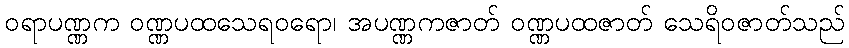
ဝရာပဏ္ဏက ဝဏ္ဏပထသေရဝရော၊ အပဏ္ဏကဇာတ် ဝဏ္ဏပထဇာတ် သေရိဝဇာတ်သည်